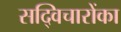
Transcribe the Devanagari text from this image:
सद्विचारोंका